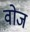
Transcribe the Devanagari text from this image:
वोज